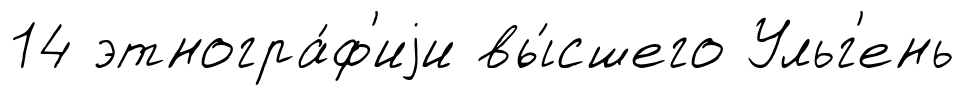
14 этногра́ф'иjи вы́сшего Ульг'ень